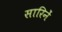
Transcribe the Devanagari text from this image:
सारिनें